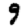
Digit: 9